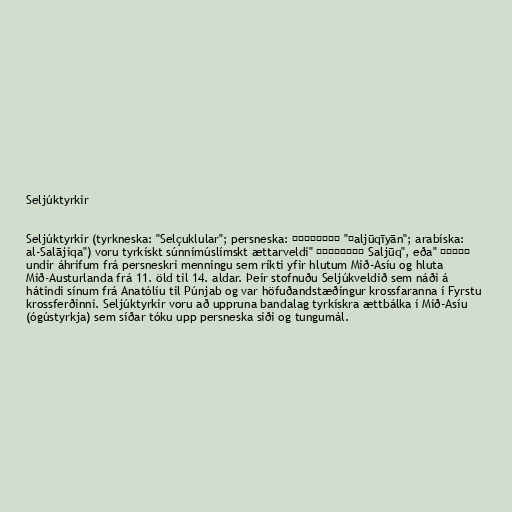
Seljúktyrkir

Seljúktyrkir (tyrkneska: "Selçuklular"; persneska: سلجوقيان "Ṣaljūqīyān"; arabíska:
سلجوق "Saljūq", eða السلاجقة "al-Salājiqa") voru tyrkískt súnnímúslímskt ættarveldi
undir áhrifum frá persneskri menningu sem ríkti yfir hlutum Mið-Asíu og hluta
Mið-Austurlanda frá 11. öld til 14. aldar. Þeir stofnuðu Seljúkveldið sem náði á
hátindi sínum frá Anatólíu til Púnjab og var höfuðandstæðingur krossfaranna í Fyrstu
krossferðinni. Seljúktyrkir voru að uppruna bandalag tyrkískra ættbálka í Mið-Asíu
(ógústyrkja) sem síðar tóku upp persneska siði og tungumál.